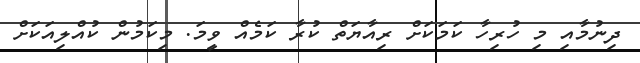
ދިނުމާއި މި ހުރިހާ ކަމަކަށް ރިއާޔަތް ކުރާ ކަމެއް ވީމަ. މިކަމުން ކުއްލިއަކަށް